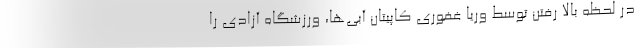
در لحظه بالا رفتن توسط وریا غفوری کاپیتان آبی‌ها، ورزشگاه آزادی را